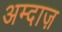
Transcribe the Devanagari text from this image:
अम्दाज़